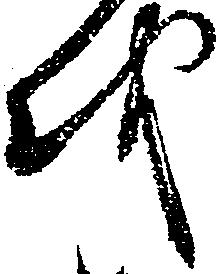
を